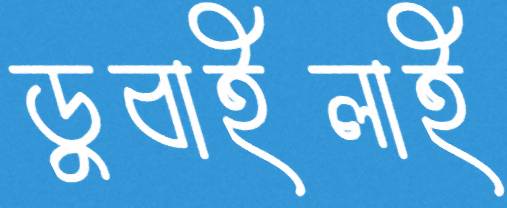
ডুবাইলাই